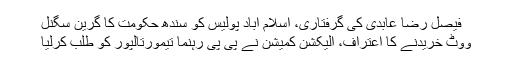
فیصل رضا عابدی کی گرفتاری، اسلام آباد پولیس کو سندھ حکومت کا گرین سگنل
ووٹ خریدنے کا اعتراف، الیکشن کمیشن نے پی پی رہنما تیمورتالپور کو طلب کرلیا